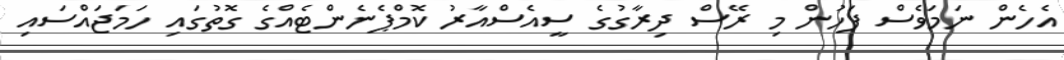
އެހެން ނަމަވެސް ފަހުން މި ރޭސް ދިރާގުގެ ސީއެސްއާރު ކޮމްޕެނެންޓެއްގެ ގޮތުގައި ހަމަޖައްސައި